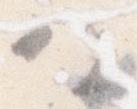
ハ